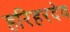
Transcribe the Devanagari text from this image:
हरिहरदेव